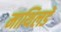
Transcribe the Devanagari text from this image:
माथिलडे